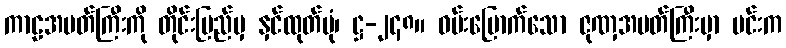
ကာဠအမတ်ကြီးကို တိုင်းပြည်မှ နှင်ထုတ်ပုံ၊ ဋ္ဌ-၂၄၈။ ဝမ်းမြောက်သော ဇုဏှအမတ်ကြီးမှာ မင်းက